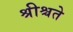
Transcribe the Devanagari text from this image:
श्रीश्चते